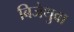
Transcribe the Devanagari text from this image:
बिजेथुवा